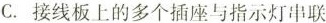
C.接线板上的多个插座与指示灯串联